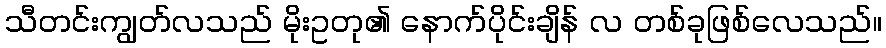
သီတင်းကျွတ်လသည် မိုးဥတု၏ နောက်ပိုင်းချိန် လ တစ်ခုဖြစ်လေသည်။